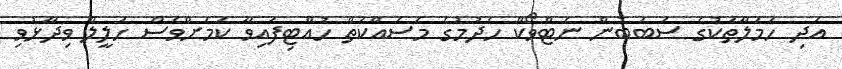
އަދި ހަމަލާތަކުގެ ސަބަބުން ނެޓްވޯކް ހެދުމުގެ މަސައްކަތް ހުއްޓިފައިވާ ކަަމަށްވެސް ހަލީލް ވިދާޅުވި